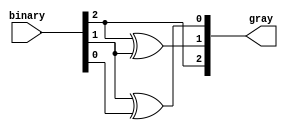
module gray_code_encoder (
    input  wire [2:0] binary,  // 3-bit binary input
    output wire [2:0] gray     // 2-bit Gray code output
);

// Assigning Gray code output based on the binary input
assign gray[2] = binary[2];          // MSB remains the same
assign gray[1] = binary[2] ^ binary[1]; // XOR of MSB and next bit
assign gray[0] = binary[1] ^ binary[0]; // XOR of next bit and LSB

endmodule